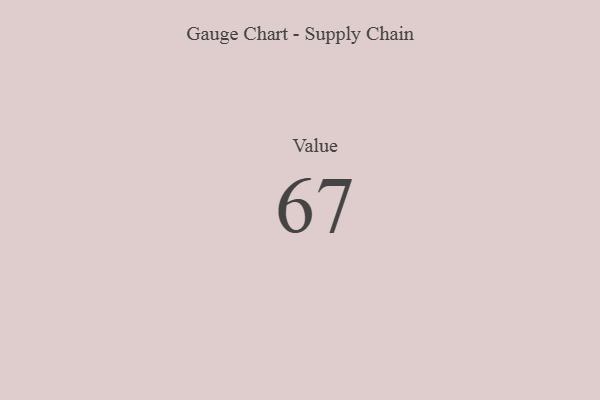
{"axis": {"x": "Metric", "y": "Value"}, "legend": [""], "data": [{"x": "Value", "y": 67, "type": ""}]}